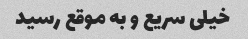
خیلی سریع و به موقع رسید